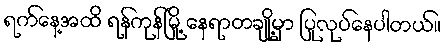
ရက်နေ့အထိ ရန်ကုန်မြို့ နေရာတချို့မှာ ပြုလုပ်နေပါတယ်။